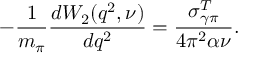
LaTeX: - \frac { 1 } { m _ { \pi } } \frac { d W _ { 2 } ( q ^ { 2 } , \nu ) } { d q ^ { 2 } } = \frac { \sigma _ { \gamma \pi } ^ { T } } { 4 \pi ^ { 2 } \alpha \nu } .